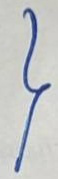
}